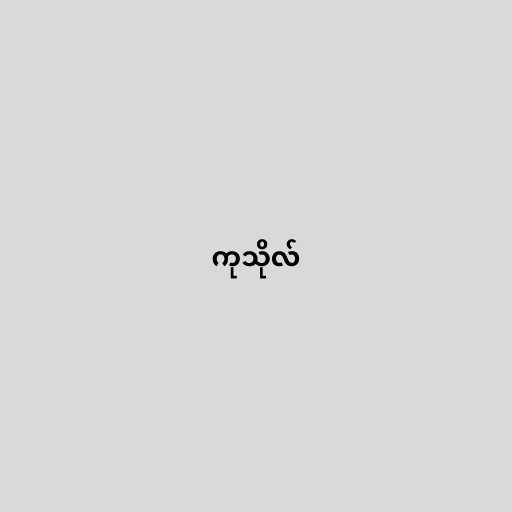
ကုသိုလ်